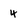
Character: 4